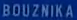
BOUŽNIKA